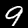
Label: 9